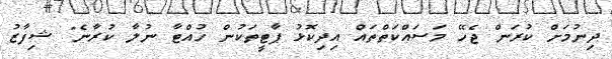
ދިނުމަށް ކުރަން ޖެހޭ މަސައްކަތްތައް އިދިކޮޅު ޕާޓީތަކުން ހުއްޓާ ނުލާ ކުރާނެ" ޝިފާޒު